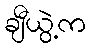
ချီယွဲ့က